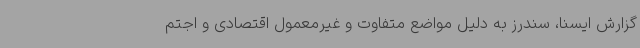
گزارش ایسنا، سندرز به دلیل مواضع متفاوت و غیرمعمول اقتصادی و اجتم